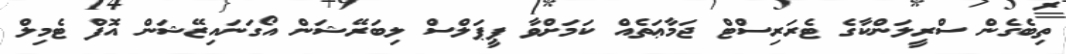
ތިބެގެން ސްރީލަންކާގެ ޓެރަރިސްޓް ޖަމާޢަތެއް ކަމަށްވާ ޕީޕަލްސް ލިބަރޭޝަން އޯގަނައިޒޭޝަން އޮފް ޓެމިލް